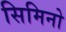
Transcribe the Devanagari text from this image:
सिमिनो